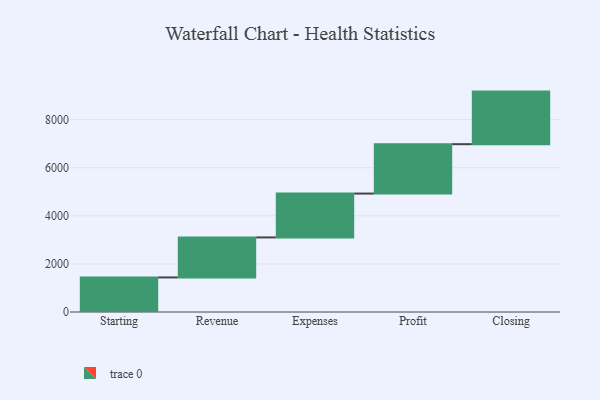
{"axis": {"x": "Step", "y": "Value"}, "legend": [""], "data": [{"x": "Starting", "y": 1438.0, "type": ""}, {"x": "Revenue", "y": 1664.0, "type": ""}, {"x": "Expenses", "y": 1824.0, "type": ""}, {"x": "Profit", "y": 2054.0, "type": ""}, {"x": "Closing", "y": 2187.0, "type": ""}]}